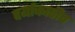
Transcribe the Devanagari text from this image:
दर्याकाठीच